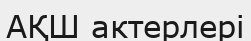
АҚШ актерлері